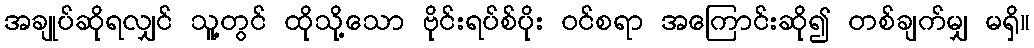
အချုပ်ဆိုရလျှင် သူ့တွင် ထိုသို့သော ဗိုင်းရပ်စ်ပိုး ဝင်စရာ အကြောင်းဆို၍ တစ်ချက်မျှ မရှိ။